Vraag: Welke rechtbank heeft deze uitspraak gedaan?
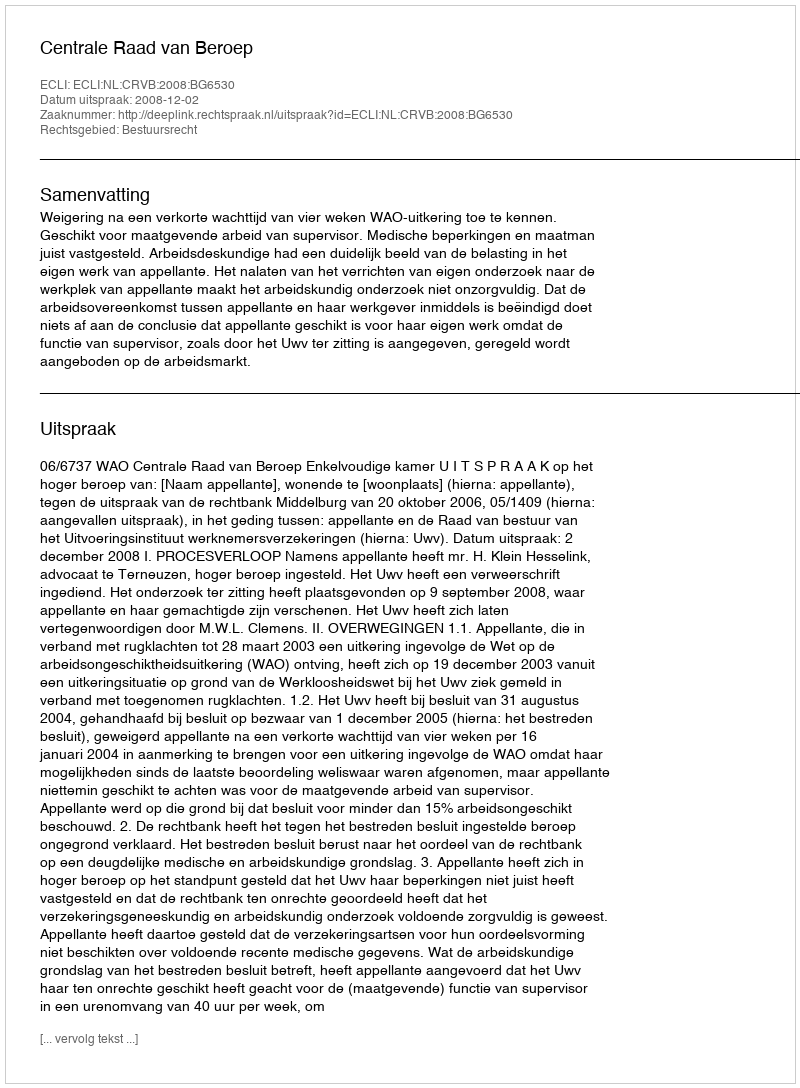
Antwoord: Centrale Raad van Beroep